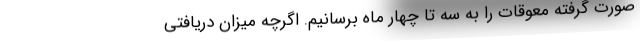
صورت گرفته معوقات را به سه تا چهار ماه برسانیم. اگرچه میزان دریافتی